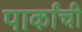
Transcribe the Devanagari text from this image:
पार्कांची